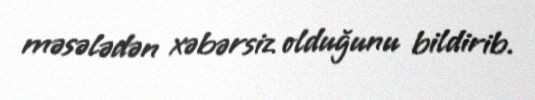
məsələdən xəbərsiz olduğunu bildirib.